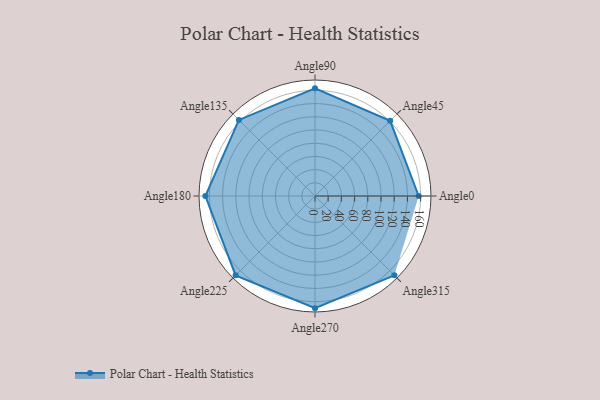
{"axis": {"x": "Angle", "y": "Radius"}, "legend": [""], "data": [{"x": "Angle0", "y": 157.0, "type": ""}, {"x": "Angle45", "y": 161.0, "type": ""}, {"x": "Angle90", "y": 163.0, "type": ""}, {"x": "Angle135", "y": 163.0, "type": ""}, {"x": "Angle180", "y": 166.0, "type": ""}, {"x": "Angle225", "y": 170, "type": ""}, {"x": "Angle270", "y": 170, "type": ""}, {"x": "Angle315", "y": 170, "type": ""}]}